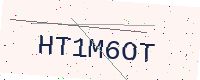
Text: HT1M6OT